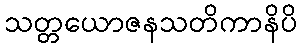
သတ္တယောဇနသတိကာနိပိ